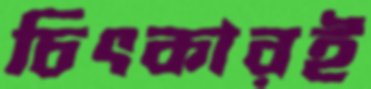
চিৎকারই